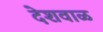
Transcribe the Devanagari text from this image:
देशवाळ